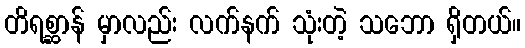
တိရစ္ဆာန် မှာလည်း လက်နက် သုံးတဲ့ သဘော ရှိတယ်။